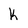
Character: k